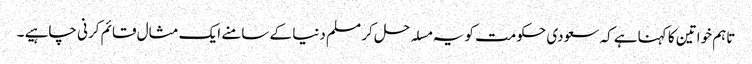
تاہم خواتین کا کہناہے کہ سعودی حکومت کو یہ مسلہ حل کر مسلم دنیا کے سامنے ایک مثال قائم کرنی چاہیے ۔